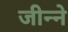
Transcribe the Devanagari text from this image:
जीन्ने